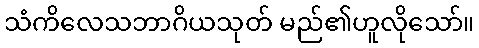
သံကိလေသဘာဂိယသုတ် မည်၏ဟူလိုသော်။